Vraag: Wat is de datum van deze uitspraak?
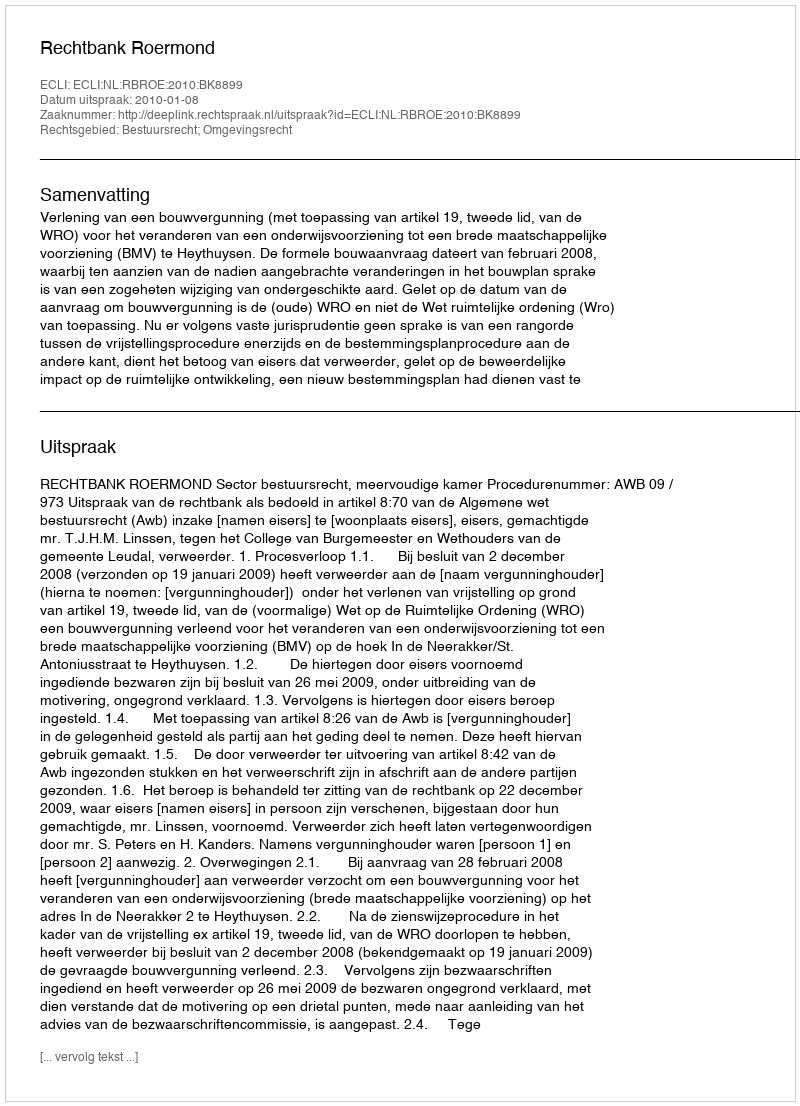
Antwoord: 2010-01-08